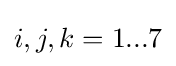
i,j,k=1...7